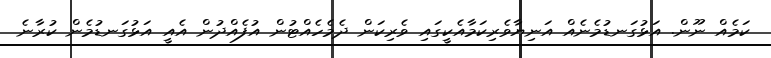
ކަމެއް ނޫން. އަޅުގަނޑުމެނެއް އަނިޔާވެރިކަމާއެކީގައި ވެރިކަން ދެމެހެއްޓުން އުފެއްދުން އެއީ އަޅުގަނޑުމެން ކުރާނެ